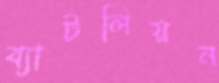
ব্যাটলিয়ন